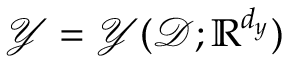
\mathcal { Y } = \mathcal { Y } ( \mathcal { D } ; \mathbb { R } ^ { d _ { \boldsymbol { y } } } )